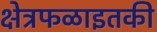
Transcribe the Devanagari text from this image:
क्षेत्रफळाइतकी